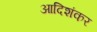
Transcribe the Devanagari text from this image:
आदिशंकर